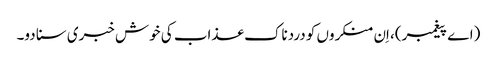
(اے پیغمبر)، اِن منکروں کو دردناک عذاب کی خوش خبری سنا دو۔